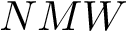
N M W